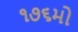
૧૭૬મો